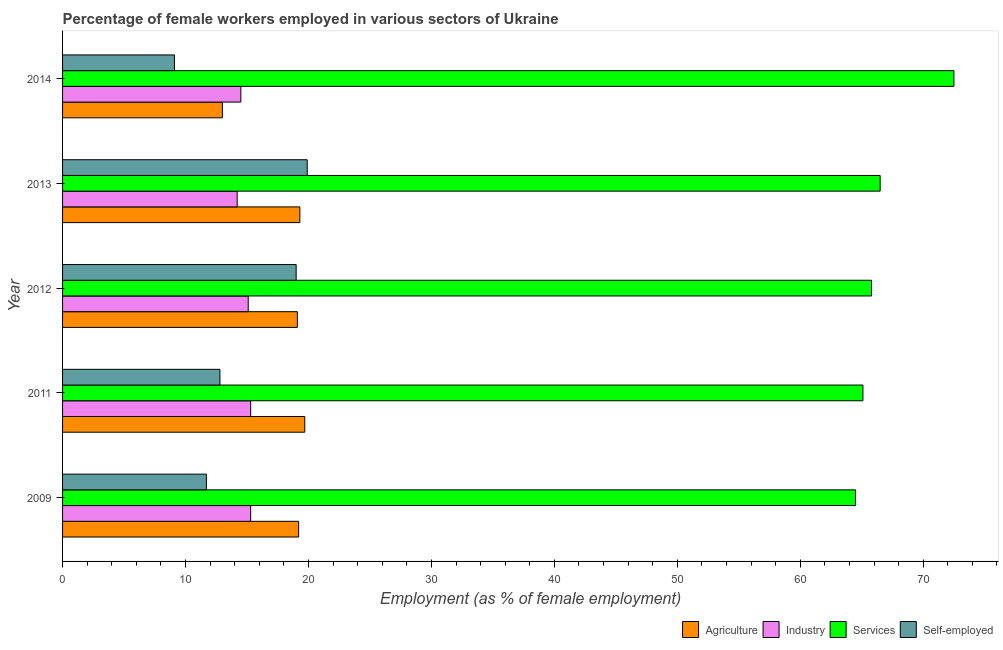
| Year | Agriculture | Industry | Services | Self-employed |
 | --- | --- | --- | --- | --- |
 | 2009 | 19.2 | 15.3 | 64.5 | 11.7 |
 | 2011 | 19.7 | 15.3 | 65.1 | 12.8 |
 | 2012 | 19.1 | 15.1 | 65.8 | 19 |
 | 2013 | 19.3 | 14.2 | 66.5 | 19.9 |
 | 2014 | 13 | 14.5 | 72.5 | 9.1 |